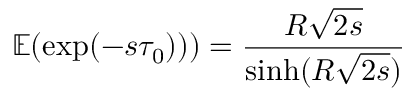
\mathbb { E } ( \exp ( - s \tau _ { 0 } ) ) ) = { \frac { R { \sqrt { 2 s } } } { \sinh ( R { \sqrt { 2 s } } ) } }